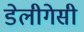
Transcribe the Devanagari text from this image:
डेलीगेसी